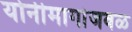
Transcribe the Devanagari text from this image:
योनीमार्गाजवळ